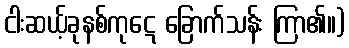
ငါးဆယ့်ခုနစ်ကုဋေ ခြောက်သန်း ကြာ၏။)